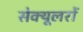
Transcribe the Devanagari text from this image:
सेक्यूलरों